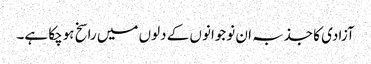
آزادی کا جذبہ ان نوجوانوں کے دلوں میں راسخ ہوچکا ہے۔